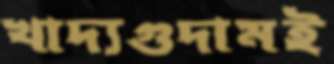
খাদ্যগুদামই